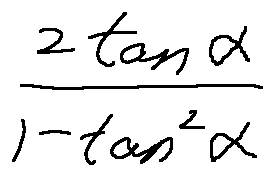
\frac { 2 \tan \alpha } { 1 - \tan ^ { 2 } \alpha }